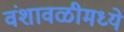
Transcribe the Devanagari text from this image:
वंशावळीमध्ये